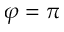
\varphi = \pi